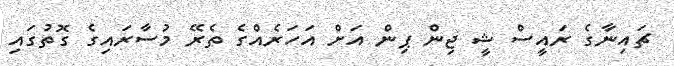
ޗައިނާގެ ރައީސް ޝީ ޖިން ޕިން އަށް އަހަރެއްގެ ތެރޭ މުސާރައިގެ ގޮތުގައި